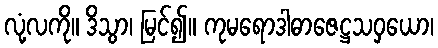
လုံ့လကို။ ဒိသွာ၊ မြင်၍။ ကုမရောဒါဓာဇေဋ္ဌသဝှယော၊